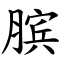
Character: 膑